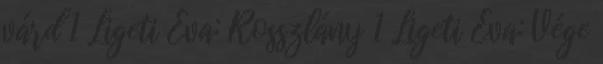
várd 1 Ligeti Éva: Rosszlány 1 Ligeti Éva: Vége